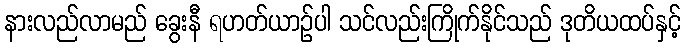
နားလည်လာမည် ခွေးနီ ရဟတ်ယာဉ်ပါ သင်လည်းကြိုက်နိုင်သည် ဒုတိယထပ်နှင့်